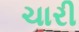
ચારી